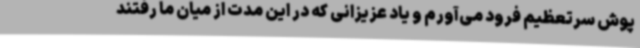
پوش سرتعظیم فرود می‌آورم و یاد عزیزانی که در این مدت از میان ما رفتند